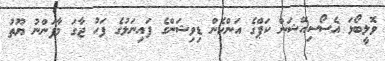
ވޮލީބޯޅަ އެސޯސިއޭޝަން ކަޕްގެ އަންހެން ޑިވިޝަންގެ ފައިނަލުގެ ފަހު ޖާގަ މާފަންނު ޔޫތު